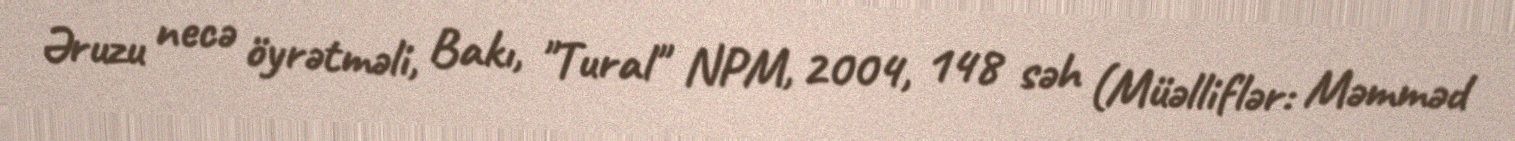
Əruzu necə öyrətməli, Bakı, "Tural" NPM, 2004, 148 səh (Müəlliflər: Məmməd